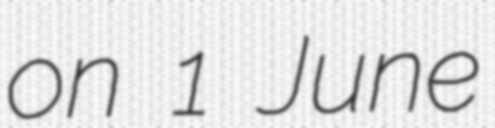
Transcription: on 1 June